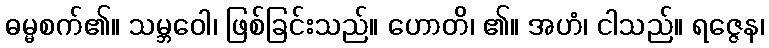
ဓမ္မစက်၏။ သမ္ဘဝေါ၊ ဖြစ်ခြင်းသည်။ ဟောတိ၊ ၏။ အဟံ၊ ငါသည်။ ရဇ္ဇေန၊